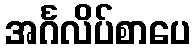
အင်္ဂလိပ်စာပေ